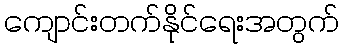
ကျောင်းတက်နိုင်ရေးအတွက်